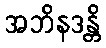
အဘိနဒန္တိ